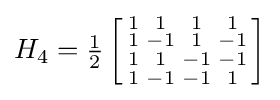
H_{4}={\tfrac {1}{2}}\left[{\begin{smallmatrix}1&1&1&1\\1&-1&1&-1\\1&1&-1&-1\\1&-1&-1&1\\\end{smallmatrix}}\right]